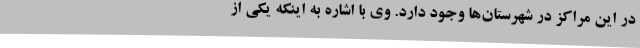
در این مراکز در شهرستان‌ها وجود دارد. وی با اشاره به اینکه یکی از